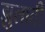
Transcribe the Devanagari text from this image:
झुलाती